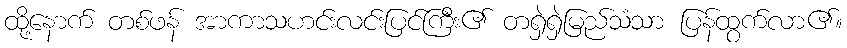
ထို့နောက် တစ်ဖန် အာကာသဟင်းလင်းပြင်ကြီး၏ တရှဲရှဲမြည်သံသာ ပြန်ထွက်လာ၏။